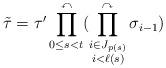
LaTeX: \begin{align*}\tilde{\tau}=\tau' \prod_{0\le s <t}^{\curvearrowleft}(\prod_{\begin{subarray}{c} i \in J_{p(s)} \\ i<\ell(s) \end{subarray}}^{\curvearrowright} \sigma_{i-1}) \end{align*}